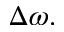
\Delta \omega .